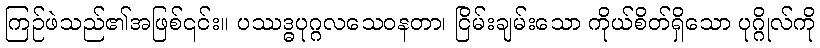
ကြဉ်ဖဲသည်၏အဖြစ်၎င်း။ ပဿဒ္ဓပုဂ္ဂလသေဝနတာ၊ ငြိမ်းချမ်းသော ကိုယ်စိတ်ရှိသော ပုဂ္ဂိုလ်ကို